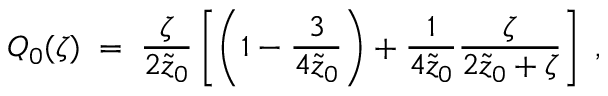
Q _ { 0 } ( \zeta ) \; = \; { \frac { \zeta } { 2 \tilde { z } _ { 0 } } } \left[ \left( 1 - { \frac { 3 } { 4 \tilde { z } _ { 0 } } } \right) + { \frac { 1 } { 4 \tilde { z } _ { 0 } } } { \frac { \zeta } { 2 \tilde { z } _ { 0 } + \zeta } } \right] \; ,